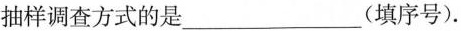
抽样调查方式的是___(填序号)。